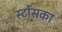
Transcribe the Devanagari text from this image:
स्टोंसका